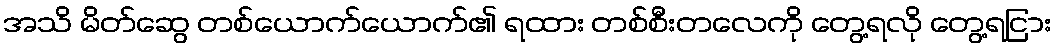
အသိ မိတ်ဆွေ တစ်ယောက်ယောက်၏ ရထား တစ်စီးတလေကို တွေ့ရလို တွေ့ရငြား